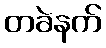
တခဲနက်